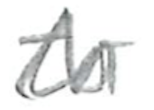
Text: to
Cross-out: zig-zag
Writing tool: pencil